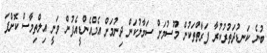
ބުނެ ކަނޑުދަތުރުކުރާ ފަރާތްތަކުން މޫސުމަށް ސަމާލުކަން ދިނުމަށް އެމްއެންޑީއެފުން ވަނީ އިލްތިމާސް ކޮށްފަ